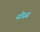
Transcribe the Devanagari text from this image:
नोस्ड